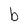
Character: b